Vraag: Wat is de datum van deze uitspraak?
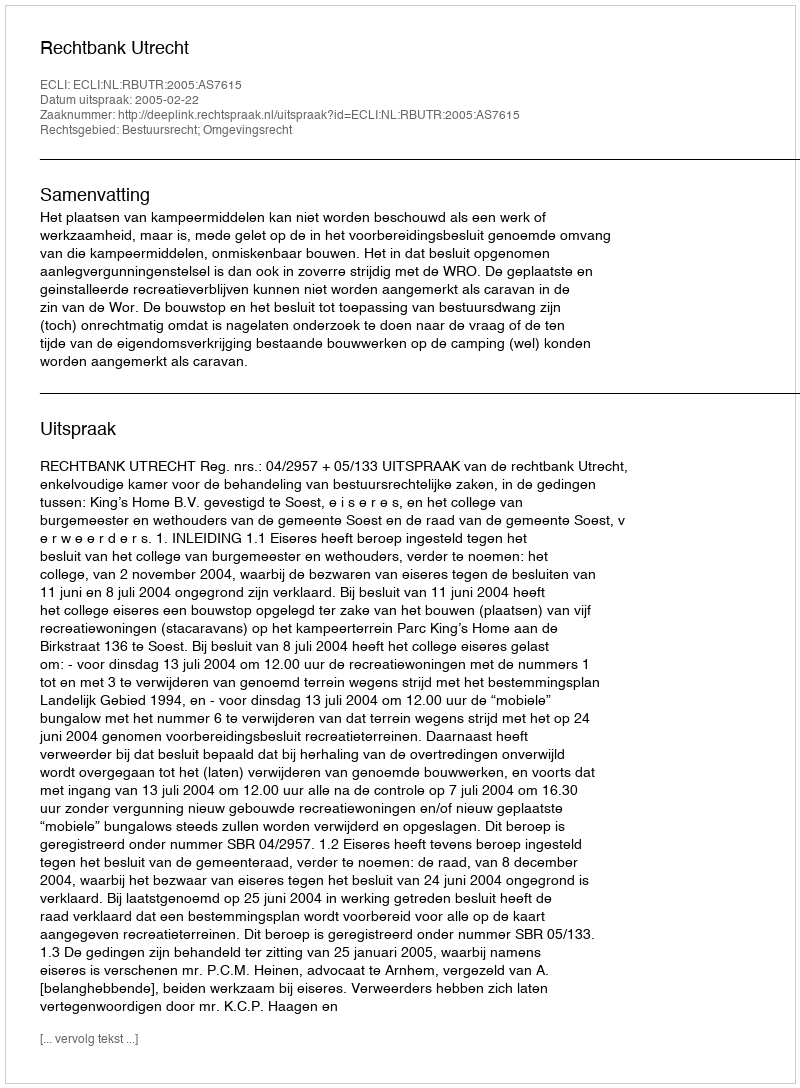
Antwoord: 2005-02-22